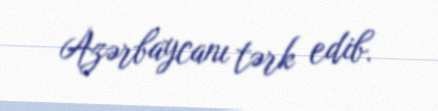
Azərbaycanı tərk edib.